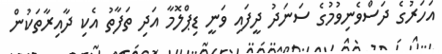
އަހަރުގެ ދަސްވެނިވުމުގެ ސަނަދު ދީފައި ވަނީ ޑިޕްލޮމާ އަދި ތަފާތު އެކި ދާއިރާތަކުން